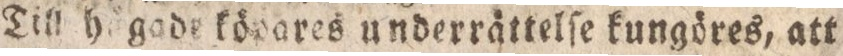
Till Hågade köpares underrättelſe kungöres, att